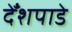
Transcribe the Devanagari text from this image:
देँशपाडे